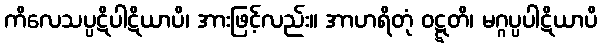
ကိလေသပ္ပဋိပါဋိယာပိ၊ အားဖြင့်လည်း။ အာဟရိတုံ ဝဋ္ဋတိ၊ မဂ္ဂပ္ပပါဋိယာပိ